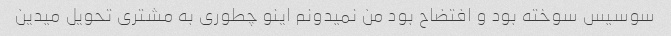
سوسیس سوخته بود و افتضاح بود من نمیدونم اینو چطوری به مشتری تحویل میدین